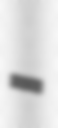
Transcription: =